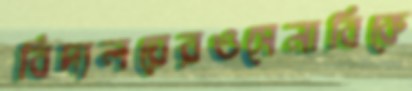
বিদ্যলয়েরওসেনাবিকে